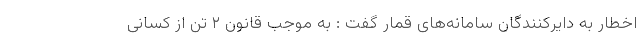
اخطار به دایرکنندگان سامانه‌های قمار گفت : به موجب قانون ۲ تن از کسانی